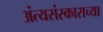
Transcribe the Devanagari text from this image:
अंत्यसंस्काराच्या